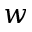
w